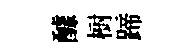
醵𣗳蹄